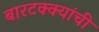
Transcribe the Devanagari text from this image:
बारटक्क्यांची